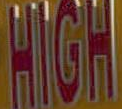
HIGH